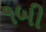
૧બી